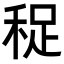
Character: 𥞺